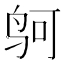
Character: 𱉕